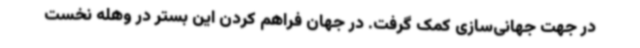
در جهت جهانی‌سازی کمک گرفت. در جهان فراهم کردن این بستر در وهله نخست